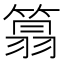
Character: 䈳